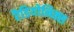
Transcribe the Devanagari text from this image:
रैडियोनिक्स